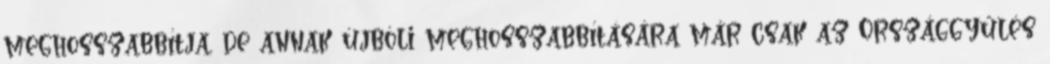
meghosszabbítja, de annak újbóli meghosszabbítására már csak az Országgyűlés